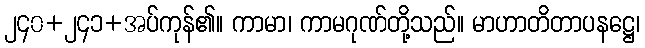
၂၄၀+၂၄၁+အပ်ကုန်၏။ ကာမာ၊ ကာမဂုဏ်တို့သည်။ မာဟာတိတာပနဋ္ဌေ၊